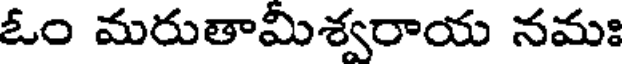
ఓం మరుతామీశ్వరాయ నమః